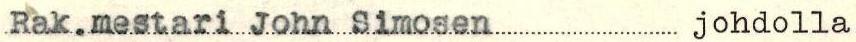
Rak.mestari John Simosen johdolla